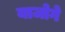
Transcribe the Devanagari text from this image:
याजोगे